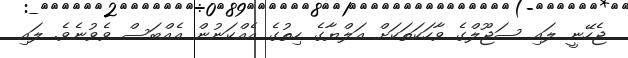
ޖެހޭނީ ލައި ސަޖޫލްގެ ވާހަކަތަކަށް އަލްޔާގެ ހިތުގެ އެއްކަނުން އެއްބަސް ވެވުނެވެ. ލައި